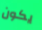
يكون